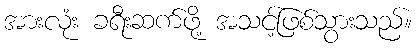
အားလုံး ခရီးဆက်ဖို့ အသင့်ဖြစ်သွားသည်။